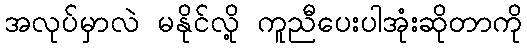
အလုပ်မှာလဲ မနိုင်လို့ ကူညီပေးပါအုံးဆိုတာကို